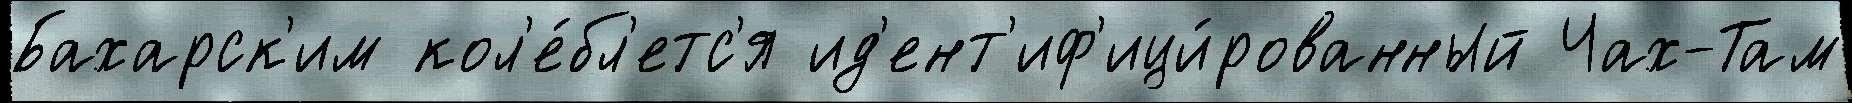
Бахарск'им кол'е́бл'етс'я ид'ент'иф'ици́рованный Чах-Там